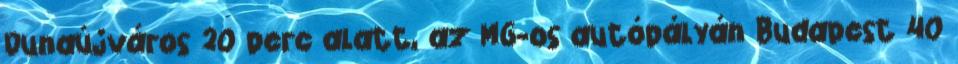
Dunaújváros 20 perc alatt, az M6-os autópályán Budapest 40